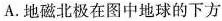
A.地磁北极在图中地球的下方